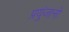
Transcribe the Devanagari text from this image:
प्रयुंजानो